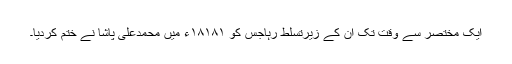
ایک مختصر سے وقت تک ان کے زیرتسلط رہاجس کو ۱۸۱۸۱ء میں محمدعلی پاشا نے ختم کردیا۔